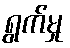
ရွက်မှု